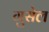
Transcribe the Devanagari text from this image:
गुसेल